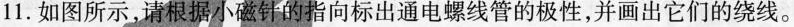
11.如图所示，请根据小磁针的指向标出通电螺线管的极性，并画出它们的绕线。